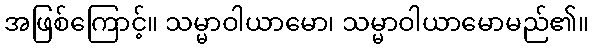
အဖြစ်ကြောင့်။ သမ္မာဝါယာမော၊ သမ္မာဝါယာမောမည်၏။